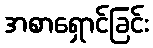
အစာရှောင်ခြင်း